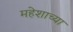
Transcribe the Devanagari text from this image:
महेशाच्या